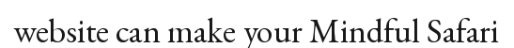
website can make your Mindful Safari